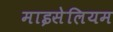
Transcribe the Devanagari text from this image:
माइसेलियम